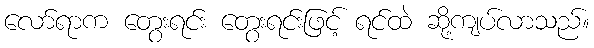
လော်ရာက တွေးရင်း တွေးရင်းဖြင့် ရင်ထဲ ဆို့ကျပ်လာသည်။